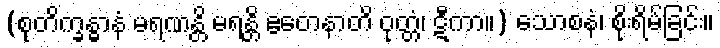
(စုတိက္ခန္ဓာနံ မရဏန္တိ မရန္တိ ဧတေနာတိ ဝုတ္တံ၊ ဋီကာ။) သောစနံ၊ စိုးရိမ်ခြင်း။